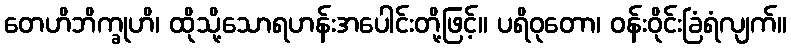
တေဟိဘိက္ခုဟိ၊ ထိုသို့သောရဟန်းအပေါင်းတို့ဖြင့်။ ပရိဝုတော၊ ဝန်းဝိုင်းခြံရံလျက်။